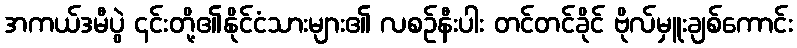
အကယ်ဒမီပွဲ ၎င်းတို့၏နိုင်ငံသားများ၏ လစဉ်နီးပါး တင်တင်ခိုင် ဗိုလ်မှူးချစ်ကောင်း